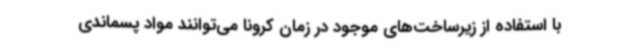
با استفاده از زیرساخت‌های موجود در زمان کرونا می‌توانند مواد پسماندی